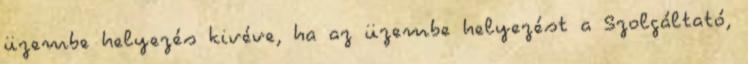
üzembe helyezés kivéve, ha az üzembe helyezést a Szolgáltató,